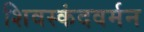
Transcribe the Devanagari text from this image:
शिवस्कंदवर्मन